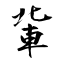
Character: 軰